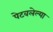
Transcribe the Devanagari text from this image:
पेटवलेल्या